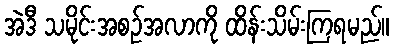
အဲဒီ သမိုင်းအစဉ်အလာကို ထိန်းသိမ်းကြရမည်။